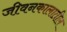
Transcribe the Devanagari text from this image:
जीवनकालातील